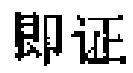
即证